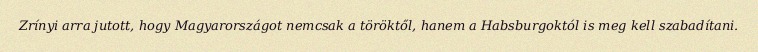
Zrínyi arra jutott, hogy Magyarországot nemcsak a töröktől, hanem a Habsburgoktól is meg kell szabadítani.